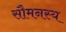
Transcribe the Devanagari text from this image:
सौमनस्य